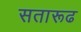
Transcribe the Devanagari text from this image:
सतारूढ